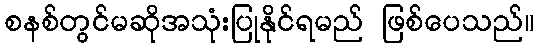
စနစ်တွင်မဆိုအသုံးပြုနိုင်ရမည် ဖြစ်ပေသည်။